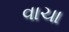
વાચા